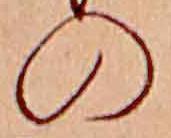
の